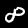
Digit: 8